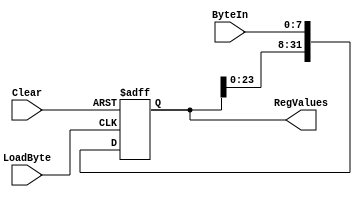
module CommandShiftRegister(
ByteIn,
Clear,
LoadByte,
RegValues,
);

parameter Number_of_Bytes = 4;
parameter Number_of_Bits = Number_of_Bytes*8;


input wire [7:0] ByteIn;
input wire Clear;
input wire LoadByte;
output reg [Number_of_Bits-1:0] RegValues;

always @(posedge LoadByte or posedge Clear)
	if(Clear)
		RegValues[Number_of_Bits-1:0] <= 0;
	else
		RegValues[Number_of_Bits-1:0] <= {RegValues[Number_of_Bits-9:0],ByteIn[7:0]};

endmodule